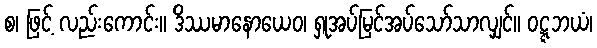
စ၊ ဖြင့် လည်းကောင်း။ ဒိဿမာနောယေဝ၊ ရှုအပ်မြင်အပ်သော်သာလျှင်။ ဝဋ္ဋဘယံ၊